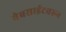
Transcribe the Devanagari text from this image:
वेबसाईटवरुन